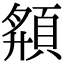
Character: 頯